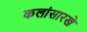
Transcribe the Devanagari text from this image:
कलांसारखे